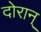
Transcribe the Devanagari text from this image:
दोरान्